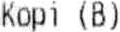
KOPI (B)